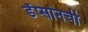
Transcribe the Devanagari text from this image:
डॅप्सोनची